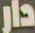
دار